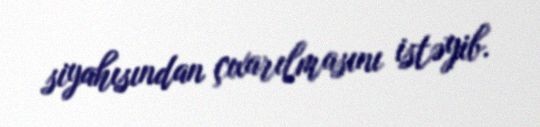
siyahısından çıxarılmasını istəyib.